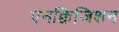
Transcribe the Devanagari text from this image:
एनक्विजिशन